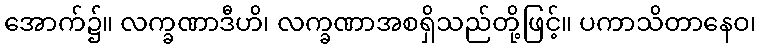
အောက်၌။ လက္ခဏာဒီဟိ၊ လက္ခဏာအစရှိသည်တို့ဖြင့်။ ပကာသိတာနေဝ၊